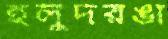
হলুদরঙা